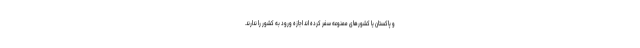
و پاکستان یا کشورهای ممنوعه سفر کرده اند اجازه ورود به کشور را ندارند.